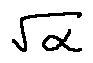
\sqrt { \alpha }